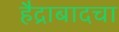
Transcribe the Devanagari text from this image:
हैद्राबादचा